Document type: Sale
Year: 1430
Scribe: [Unknown]
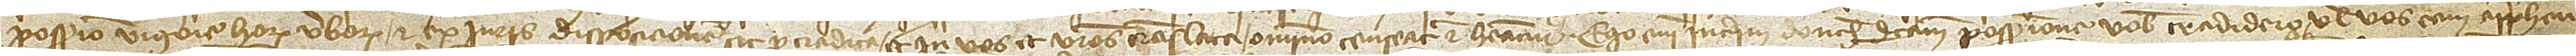
possessio vigore horum verborum et ex iuris disposicione sit pro tradita et in vos et vestros translata omnino censeatur et habeatur. Ego enim interim donech dictam possessionem vobis tradidero vel vos eam apprehen-